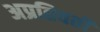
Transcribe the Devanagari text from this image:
अप्रतिवर्ती